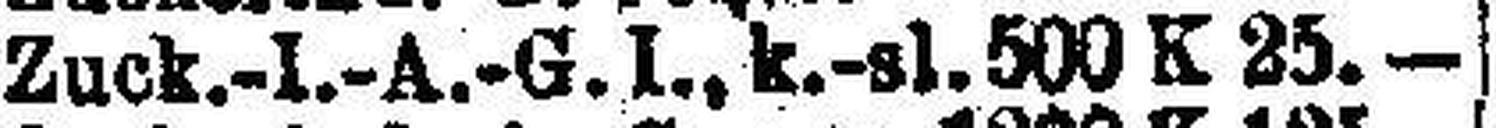
Zuck.-I.-A.-G. I. k.-sl. 500 K 25.—